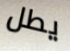
يطل